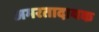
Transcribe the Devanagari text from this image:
अमरतादायक